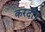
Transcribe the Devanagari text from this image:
करदी।